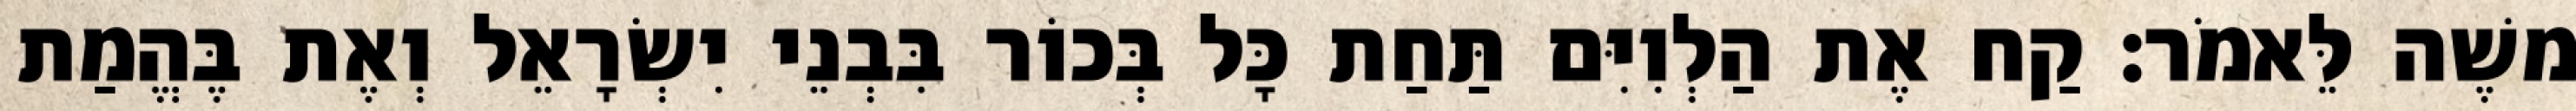
משֶׁה לֵּאמֹר׃ קַח אֶת הַלְוִיִּם תַּחַת כָּל בְּכוֹר בִּבְנֵי יִשְׂרָאֵל וְאֶת בֶּהֱמַת